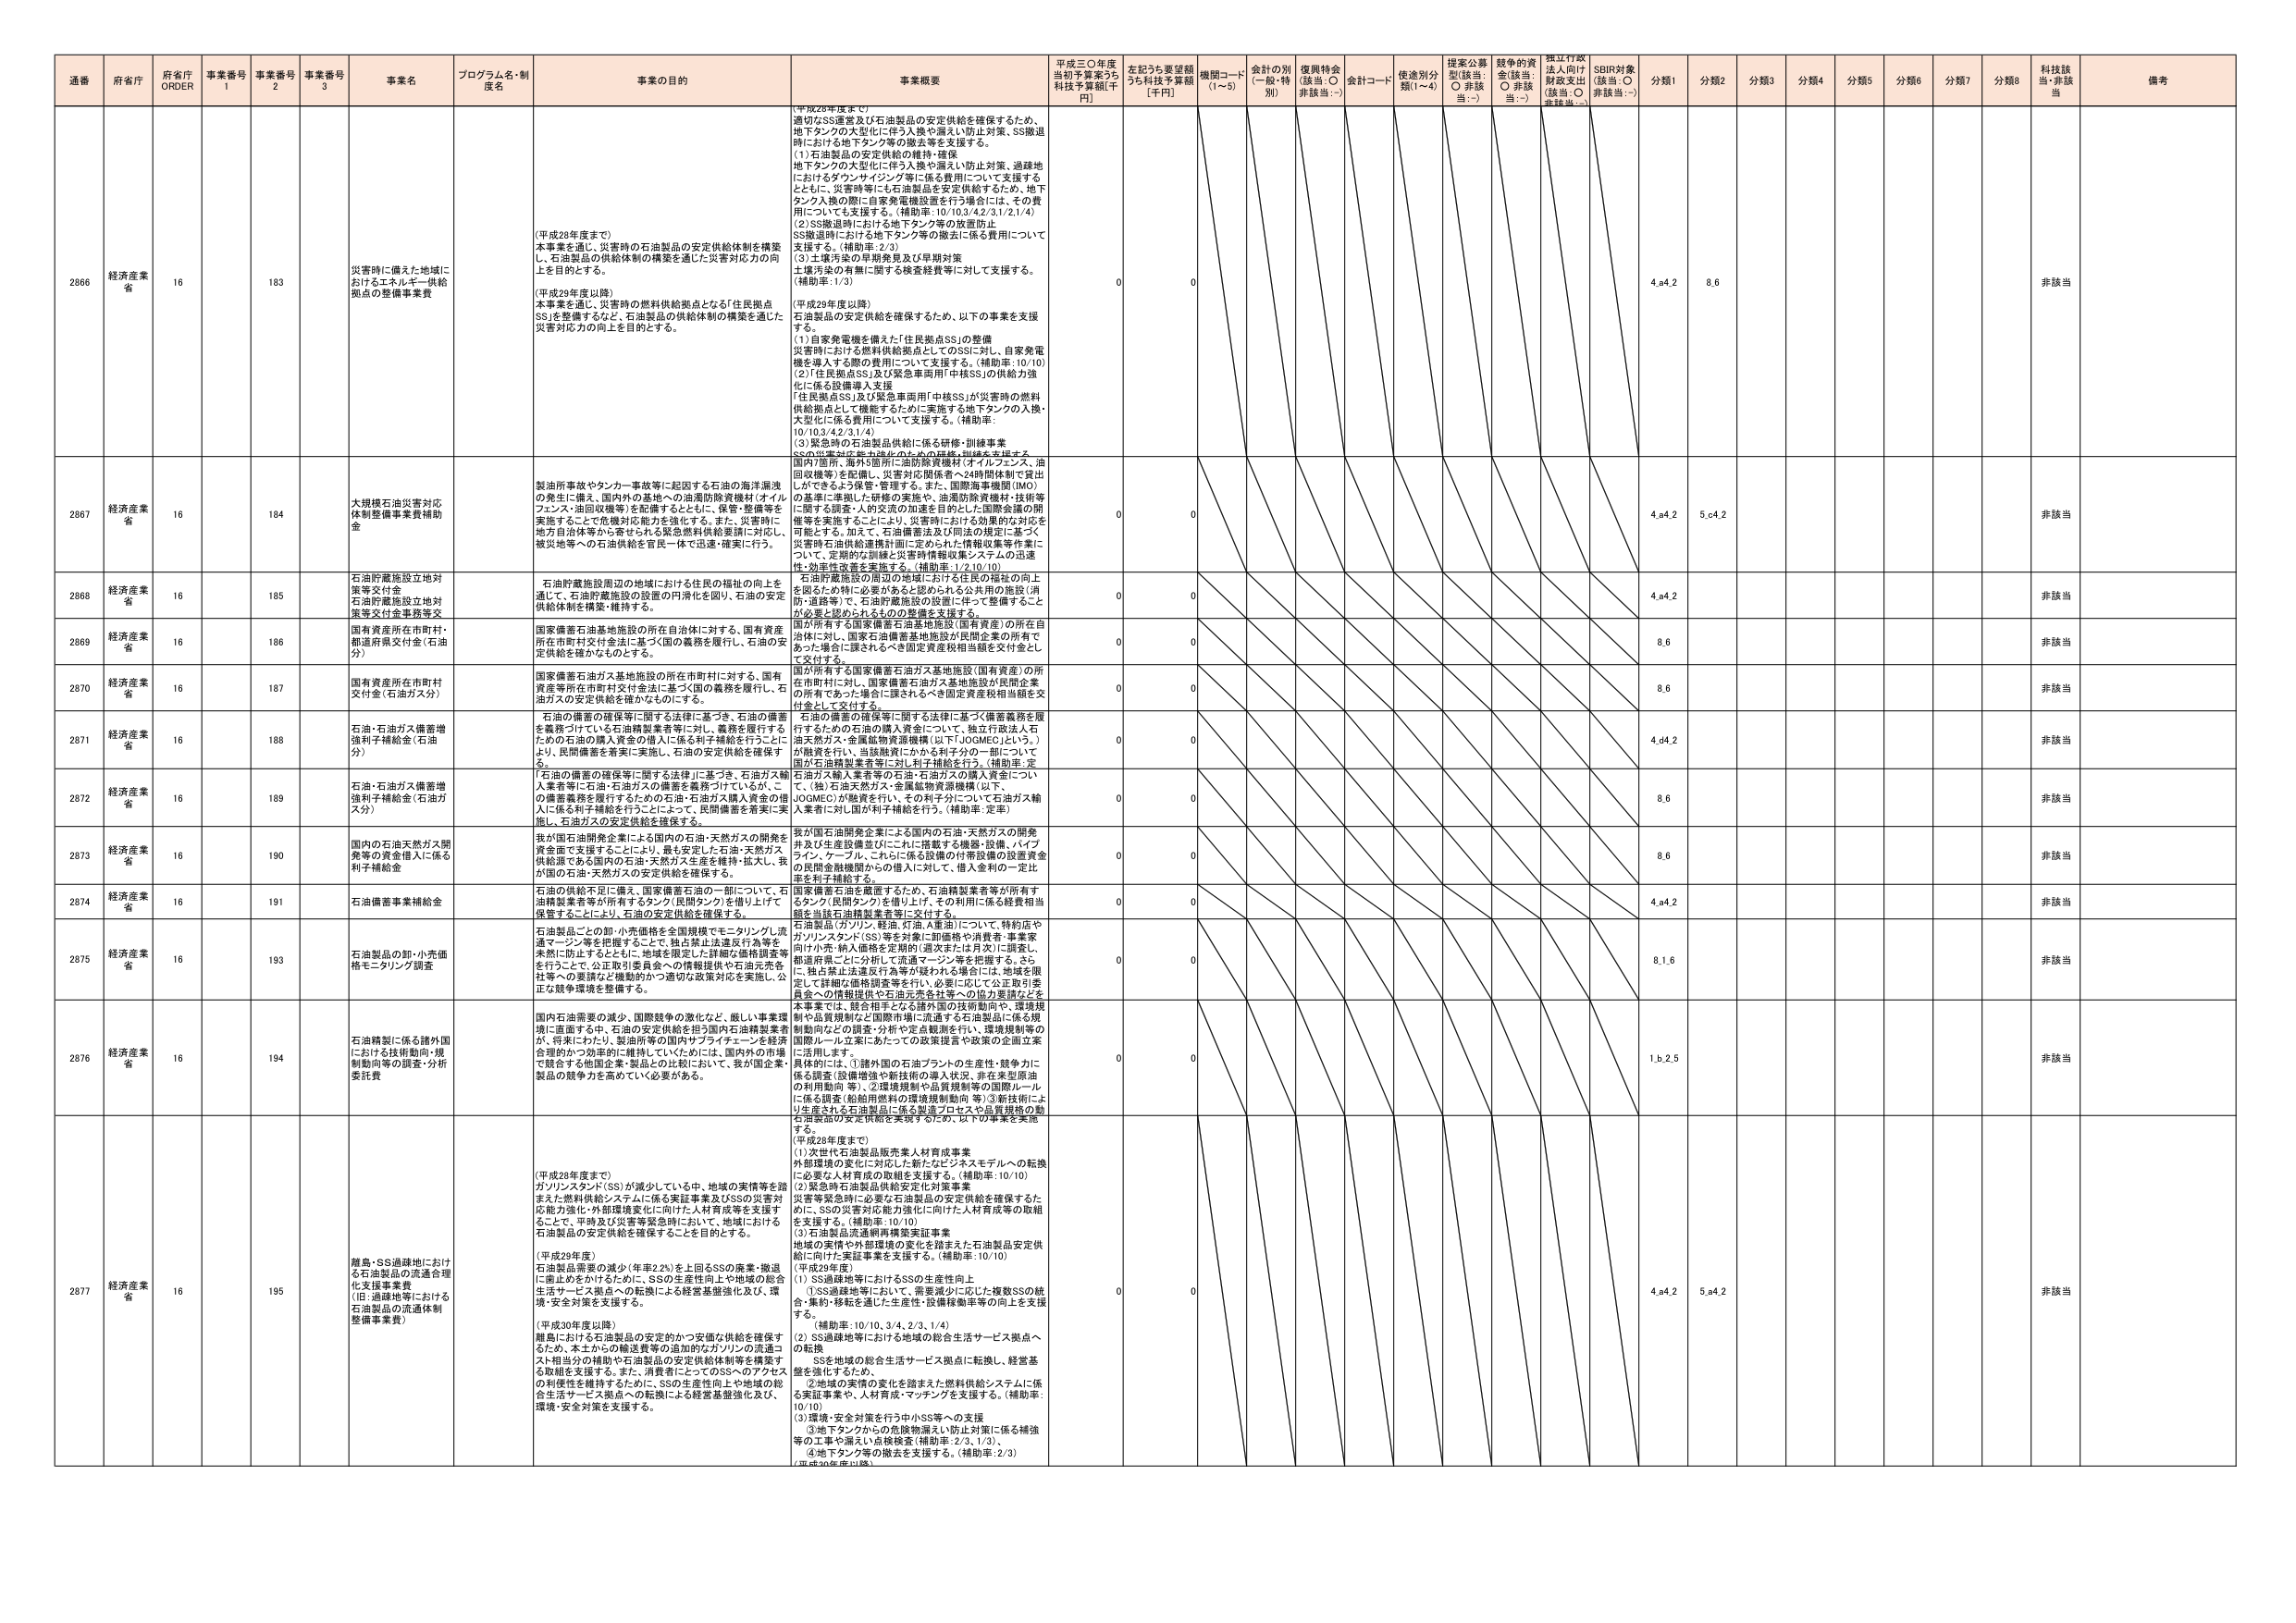
通番 府省庁 府省庁 ORDER 事業番号 1 事業番号 2 事業番号 3 事業名 プログラム名・制度名 事業の目的 事業概要 平成三〇年度当初予算案うち科技予算額[千円] 左記うち要望額うち科技予算額[千円] 機関コード(1~5) 金計の別(一般・特別) 復興特会(該当:○ 非該当:－) 金計コード 使途別分類(1~4) 提案公募型(該当:○ 非該当:－) 越年の資金(該当:○ 非該当:－) 独立行政法人向け財政支出(該当:○ 非該当:－) SDBR対象(該当:○ 非該当:－) 分類1 分類2 分類3 分類4 分類5 分類6 分類7 分類8 科技該当 備考

2866 経済産業省 16 183 災害時に備えた地域におけるエネルギー供給拠点の整備事業費 (平成28年度まで) 本事業を通じ、災害時の石油製品の安定供給体制を構築し、石油製品の供給体制の構築を通じた災害対応力の向上を目的とする。 (平成29年度以降) 本事業を通じ、災害時の燃料供給拠点となる「住民拠点SS」を整備するなど、石油製品の供給体制の構築を通じた災害対応力の向上を目的とする。 (平成28年度まで) 適切なSS運営及び石油製品の安定供給を確保するため、地下タンクの大型化に伴う入換や漏えい防止対策、SS撤退時における地下タンク等の撤去等を支援する。 (1)石油製品の安定供給の維持・確保 地下タンクの大型化に伴う入換や漏えい防止対策、過疎地におけるタンク・パイピング等に係る費用について支援する。 とともに、災害時等にも石油製品を安定供給するため、地下タンク入換の際に自家発電機設置を行う場合には、その費用についても支援する。(補助率:10/10,3/4,2/3,1/2,1/4) (2)SS撤退時における地下タンク等の放置防止 SS撤退時における地下タンク等の撤去に係る費用について支援する。(補助率:2/3) (3)土壌汚染の早期発見及び早期対策 土壌汚染の有無に関する検査経費等に対して支援する。(補助率:1/3) (平成29年度以降) 石油製品の安定供給を確保するため、以下の事業を支援する。 (1)自家発電機を備えた「住民拠点SS」の整備 災害時における燃料供給拠点としてのSSに対し、自家発電機を導入する際の費用について支援する。(補助率:10/10) (2)「住民拠点SS」及び緊急車両用「中核SS」の供給力強化に係る設備導入支援 「住民拠点SS」及び緊急車両用「中核SS」が災害時の燃料供給拠点として機能するために実施する地下タンクの入換・大型化に係る費用について支援する。(補助率:10/10,3/4,2/3,1/4) (3)緊急時の石油製品供給に係る研修・訓練事業 SSの供給対応能力強化のための研修・訓練を支援する。 0 0 4,α4,2 8,6 非該当

2867 経済産業省 16 184 大規模石油災害対応体制整備事業費補助金 製油所事故やタンカー事故等に起因する石油の海洋漏洩の発生に備え、国内外の基地への油濁防除資機材(オイルフェンス・油回収機等)を配備するとともに、保管・整備等を実施することで危機対応能力を強化する。また、災害時に地方自治体等から寄せられる緊急燃料供給要請に対応し、被災地等への石油供給を円滑に伴う迅速・確実に行う。 国内7箇所、海外5箇所に油防除資機材(オイルフェンス、油回収機等)を配備し、災害対応関係者へ24時間体制で貸出しができるよう保管・管理する。また、国際海事機関(IMO)の基準に準拠した研修の実施や、油濁防除資機材・技術等に関する調査・人的交流の加速を目的とした国際会議の開催等を実施することにより、災害時における効果的な対応を可能とする。加えて、石油備蓄法及び同法の規定に基づく災害時石油供給連携計画に定められた情報収集等作業について、定期的な訓練と災害時情報収集システムの迅速性・効率性改善を実施する。(補助率:1/2,10/10) 0 0 4,α4,2 5,α4,2 非該当

2868 経済産業省 16 185 石油貯蔵施設立地対策等交付金 石油貯蔵施設立地対策等交付金事務費交 石油貯蔵施設周辺の地域における住民の福祉の向上を達成して、石油貯蔵施設の設置の円滑化を図り、石油の安定供給体制を構築・維持する。 「石油貯蔵施設の周辺の地域における住民の福祉の向上を図る」ために必要があると認められる公共用の施設(消防・道路等)で、石油貯蔵施設の設置に伴って整備することが必要と認められるものの整備を支援する。 0 0 4,α4,2 非該当

2869 経済産業省 16 186 国有資産所在市町村・都道府県交付金(石油分) 国家備蓄石油基地施設の所在自治体に対する、国有資産所在市町村交付金法に基づく国の義務を履行し、石油の安定供給を確かなものとする。 国が所有する国家備蓄石油基地施設(国有資産)の所在自治体に対し、国家石油備蓄基地施設が民間企業の所有であった場合に課されるべき固定資産税相当額を交付金として交付する。 0 0 8,6 非該当

2870 経済産業省 16 187 国有資産所在市町村交付金(石油ガス分) 国家備蓄石油ガス基地施設の所在市町村に対する、国有資産等所在市町村交付金法に基づく国の義務を履行し、石油ガスの安定供給を確かなものにする。 国が所有する国家備蓄石油ガス基地施設(国有資産)の所在市町村に対し、国家備蓄石油ガス基地施設が民間企業の所有であった場合に課されるべき固定資産税相当額を交付金として交付する。 0 0 8,6 非該当

2871 経済産業省 16 188 石油・石油ガス備蓄増強利子補助金(石油分) 「石油の備蓄の確保等に関する法律」に基づき、石油の備蓄を義務づけている石油精製業者等に対し、義務を履行するための石油の購入資金の借入に係る利子補給を行うことにより、民間備蓄を着実に実施し、石油の安定供給を確保する。 石油の備蓄の確保等に関する法律に基づく備蓄義務を履行するための石油の購入資金について、独立行政法人石油天然ガス・金属鉱物資源機構(以下JOGMECと称し。)が融資を行い、当該融資にかかる利子分の一部について国が石油精製業者等に対して利子補給を行う。(補助率:定率) 0 0 4,α4,2 非該当

2872 経済産業省 16 189 石油・石油ガス備蓄増強利子補助金(石油ガス分) 「石油の備蓄の確保等に関する法律」に基づき、石油ガス輸入業者等に石油・石油ガスの備蓄を義務づけているが、この備蓄義務を履行するための石油・石油ガス購入資金の借入に係る利子補給を行うことによって、民間備蓄を着実に実施し、石油ガスの安定供給を確保する。 石油ガス輸入業者等の石油・石油ガスの購入資金について、(独)石油天然ガス・金属鉱物資源機構(以下、JOGMEC)が融資を行い、その利子分について石油ガス輸入業者に対し国が利子補給を行う。(補助率:定率) 0 0 8,6 非該当

2873 経済産業省 16 190 国内の石油天然ガス開発等の資金借入に係る利子補助金 我が国石油開発企業による国内の石油・天然ガスの開発を資金面で支援することにより、最も安定した石油・天然ガス供給源である国内の石油・天然ガス生産を維持・拡大し、我が国の石油・天然ガスの安定供給を確保する。 我が国石油開発企業による国内の石油・天然ガスの開発および生産設備並びにこれに搭載する機器・設備、パイプライン、ケーブル、これらに係る設備の付帯設備の設置資金の民間金融機関からの借入に対し、借入金利の一定比率を利子補給する。 0 0 8,6 非該当

2874 経済産業省 16 191 石油備蓄事業補助金 石油の供給不足に備え、国家備蓄石油の一部について、石油精製業者等が所有するタンク(民間タンク)を借り上げて保管することにより、石油の安定供給を確保する。 国家備蓄石油を蔵置するため、石油精製業者等が所有するタンク(民間タンク)を借り上げ、その利用に係る経費相当額を当該石油精製業者等に交付する。 0 0 4,α4,2 非該当

2875 経済産業省 16 193 石油製品の卸・小売価格モニタリング調査 石油製品のこの卸・小売価格を全国規模でモニタリングし流通マーケットを把握することで、独占禁止法違反行為等を未然に防止するとともに、地域を限定した詳細な価格調査等を行うことで、公正取引委員会への情報提供や石油元売各社等への要請など機動的かつ適切な政策対応を実施し、公正な競争環境を整備する。 石油製品(ガソリン、軽油、灯油、A重油)について、特約店やガソリンスタンド(SS)等を対象に卸価格や消費費・事業家向け小売・納入価格を定期的(週次または月次)に調査し、都道府県ごとに分析して流通マーケット等を把握する。さらに、独占禁止法違反行為等が疑われる場合には、地域を限定して詳細な価格調査等を行い、必要に応じて公正取引委員会への情報提供や石油元売各社等への協力要請などを 0 0 8,1,6 非該当

2876 経済産業省 16 194 石油精製に係る諸外国における技術動向・規制動向等の調査・分析委託費 国内石油需要の減少、国際競争の激化など、厳しい事業環境に直面する中、石油の安定供給を担う国内石油精製業者が、将来にわたり、製油所等の国内サプライチェーンを経済合理的かつ効率的に維持していくためには、国内外の市場で競合する他国企業・製品との比較において、我が国企業・製品の競争力を高めていく必要がある。 本事業では、競合相手となる諸外国の技術動向や、環境規制や品質規制など国際市場に流通する石油製品に係る規制動向などの調査・分析や定点観測を行い、環境規制等の国際ルール立案にあたっての政策提言や政策の企画立案に活用します。 具体的には、①諸外国の石油プラントの生産性・競争力に係る調査(設備増強や新技術の導入状況、非在来型原油の利用動向 等)、②環境規制や品質規制等の国際ルールに係る調査(船舶用燃料の環境規制動向 等)③新技術により生産される石油製品に係る製造プロセスや品質規格の動向調査 0 0 1,β,2,5 非該当

2877 経済産業省 16 195 離島・SS過疎地における石油製品の流通合理化支援事業費 (旧:過疎地等における石油製品の流通体制整備事業費) (平成28年度まで) 石油製品需要の減少(年率2.2%)を上回るSSの廃業・撤退に歯止めをかけるために、SSの生産性向上や地域の総合生活サービス拠点への転換による経営基盤強化及び、環境・安全対策を支援する。 (平成30年度以降) 離島における石油製品の安定的かつ安価な供給を確保するため、本土からの輸送費等の追加的なガソリンの流通コスト相当分の補助や石油製品の安定供給体制等を構築する取組を支援する。また、消費者等にとってのSSへのアクセスの利便性を維持するために、SSの生産性向上や地域の総合生活サービス拠点への転換による経営基盤強化及び、環境・安全対策を支援する。 (平成28年度まで) (1)次世代石油製品販売業人材育成事業 外部環境の変化に対応した新たなビジネスモデルへの転換に必要な人材育成の取組を支援する。(補助率:10/10) (2)緊急時石油製品供給安定化対策事業 災害等緊急時に必要な石油製品の安定供給を確保するため、SSの災害対応能力強化に向けた人材育成等の取組を支援する。(補助率:10/10) (3)石油製品流通網再構築実証事業 地域の実情や外部環境の変化を踏まえた石油製品安定供給に向けた実証事業を支援する。(補助率:10/10) (平成29年度) (1)SS過疎地等におけるSSの生産性向上 ①SS過疎地等におけるSSの生産性向上 ②地域の実情の変化を踏まえた燃料供給システムに係る実証事業や、人材育成・マッチングを支援する。(補助率:10/10) (2)SS過疎地等における地域の総合生活サービス拠点への転換 SSを地域の総合生活サービス拠点に転換し、経営基盤を強化するため、 ②地域の実情の変化を踏まえた燃料供給システムに係る実証事業や、人材育成・マッチングを支援する。(補助率:10/10) (3)環境・安全対策を行う中小SS等への支援 ①地下タンクからの危険物漏えい防止対策に係る補強等の工事や漏えい点検検査(補助率:2/3、1/3)、 ④地下タンク等の撤去を支援する。(補助率:2/3) (平成30年度以降) 0 0 4,α4,2 5,α4,2 非該当